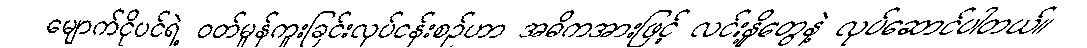
မျောက်ငိုပင်ရဲ့ ဝတ်မှုန်ကူးခြင်းလုပ်ငန်းစဉ်ဟာ အဓိကအားဖြင့် လင်းနို့တွေနဲ့ လုပ်ဆောင်ပါတယ်။